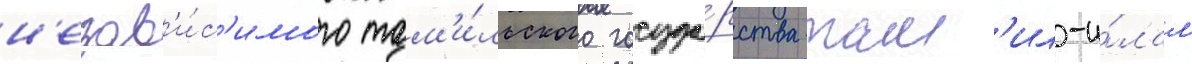
н'езав'и́с'имого там'и́льского госуда́рства там'ил-и́лам